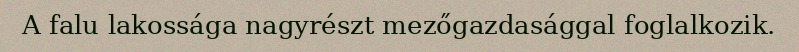
A falu lakossága nagyrészt mezőgazdasággal foglalkozik.